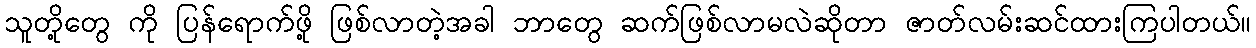
သူတို့တွေ ကို ပြန်ရောက်ဖို့ ဖြစ်လာတဲ့အခါ ဘာတွေ ဆက်ဖြစ်လာမလဲဆိုတာ ဇာတ်လမ်းဆင်ထားကြပါတယ်။